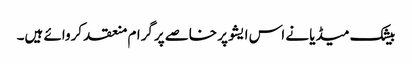
بیشک میڈیا نے اس ایشو پر خاصے پرگرام منعقد کروائے ہیں۔